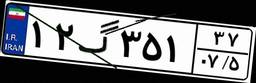
۴۹گ۲۰۶۰۱